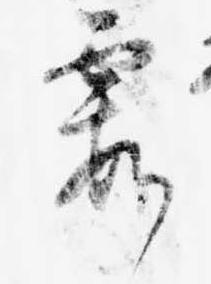
霞